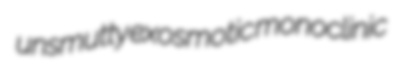
unsmutty exosmotic monoclinic